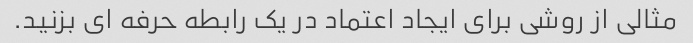
مثالی از روشی برای ایجاد اعتماد در یک رابطه حرفه ای بزنید.